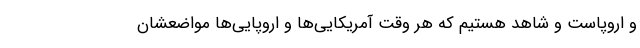
و اروپاست و شاهد هستیم که هر وقت آمریکایی‌ها و اروپایی‌ها مواضعشان